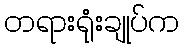
တရားရုံးချုပ်က